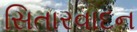
સિતારવાદન